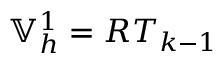
\mathbb { V } _ { h } ^ { 1 } = R T _ { k - 1 }